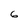
Character: 6